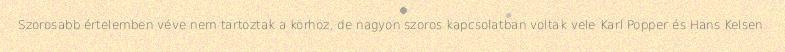
Szorosabb értelemben véve nem tartoztak a körhöz, de nagyon szoros kapcsolatban voltak vele Karl Popper és Hans Kelsen.